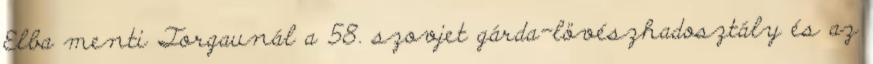
Elba menti Torgaunál a 58. szovjet gárda-lövészhadosztály és az